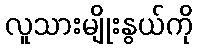
လူသားမျိုးနွယ်ကို